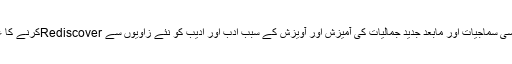
مذہبی مابعد جدے دیت، مابعد مارکسی سماجیات اور مابعد جدید جمالیات کی آمیزش اور آویزش کے سبب ادب اور ادیب کو نئے زاویوں سے Rediscoverکرنے کا عمل بھی تیز سے تیز تر ہو رہا ہے۔